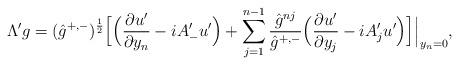
LaTeX: \begin{align*} \Lambda'g=(\hat g^{+,-})^{\frac{1}{2}}\Big[\Big(\frac{\partial u'}{\partial y_n}-iA_-'u'\Big)+\sum_{j=1}^{n-1}\frac{\hat g^{nj}}{\hat g^{+,-}}\Big(\frac{\partial u'}{\partial y_j}-iA_j'u'\Big)\Big]\Big|_{y_n=0},\end{align*}